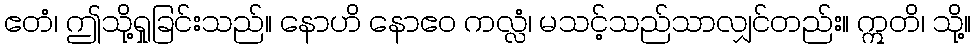
ဧတံ၊ ဤသို့ရှုခြင်းသည်။ နောဟိ နောဧဝ ကလ္လံ၊ မသင့်သည်သာလျှင်တည်း။ ဣတိ၊ သို့။